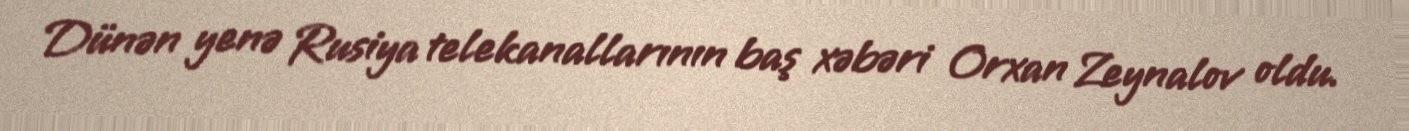
Dünən yenə Rusiya telekanallarının baş xəbəri Orxan Zeynalov oldu.